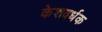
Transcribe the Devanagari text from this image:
केशवर्धक